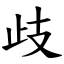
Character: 歧